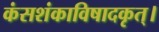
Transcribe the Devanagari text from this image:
कंसशंकाविषादकृत्‌।